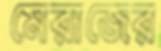
মেরাজের